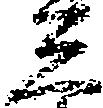
三